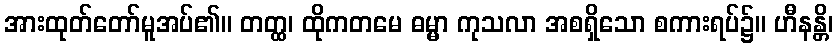
အားထုတ်တော်မူအပ်၏။ တတ္ထ၊ ထိုကတမေ ဓမ္မာ ကုသလာ အစရှိသော စကားရပ်၌။ ဟီနန္တိ၊